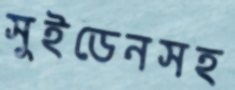
সুইডেনসহ